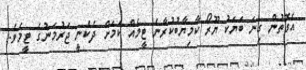
އެގޮތުން ގިނަ ބަޔަކު ޔޫރޯ ކާމިޔާބުކުރާނެ ޓީމެއް ކަމަށް ދެކެނީ ޖަރުމަނުގެ ޓީމެވެ.